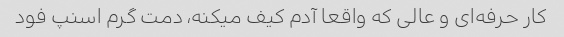
کار حرفه‌ای و عالی که واقعا آدم کیف میکنه، دمت گرم اسنپ فود